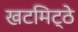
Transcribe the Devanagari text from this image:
खटमिट्ठे